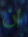
ان